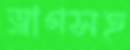
ত্রাণসহ